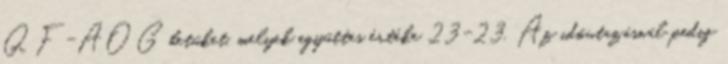
QF-AOG betüket, melyek együttes értéke 23-23. Az időutazásnál pedig